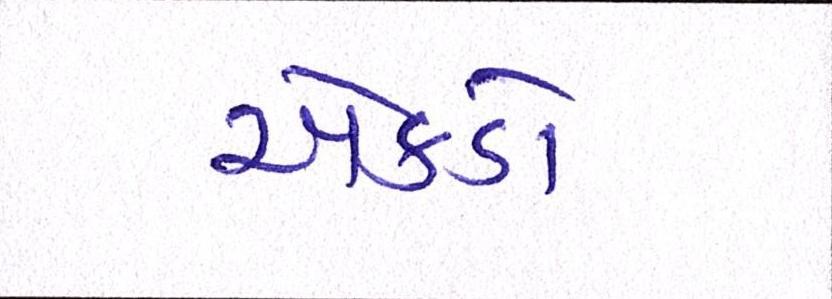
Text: એકડો